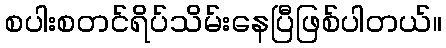
စပါးစတင်ရိပ်သိမ်းနေပြီဖြစ်ပါတယ်။